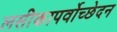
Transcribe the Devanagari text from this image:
लसीकापर्वोच्छेदन